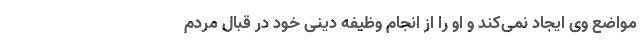
مواضع وی ایجاد نمی‌کند و او را از انجام وظیفه دینی خود در قبال مردم